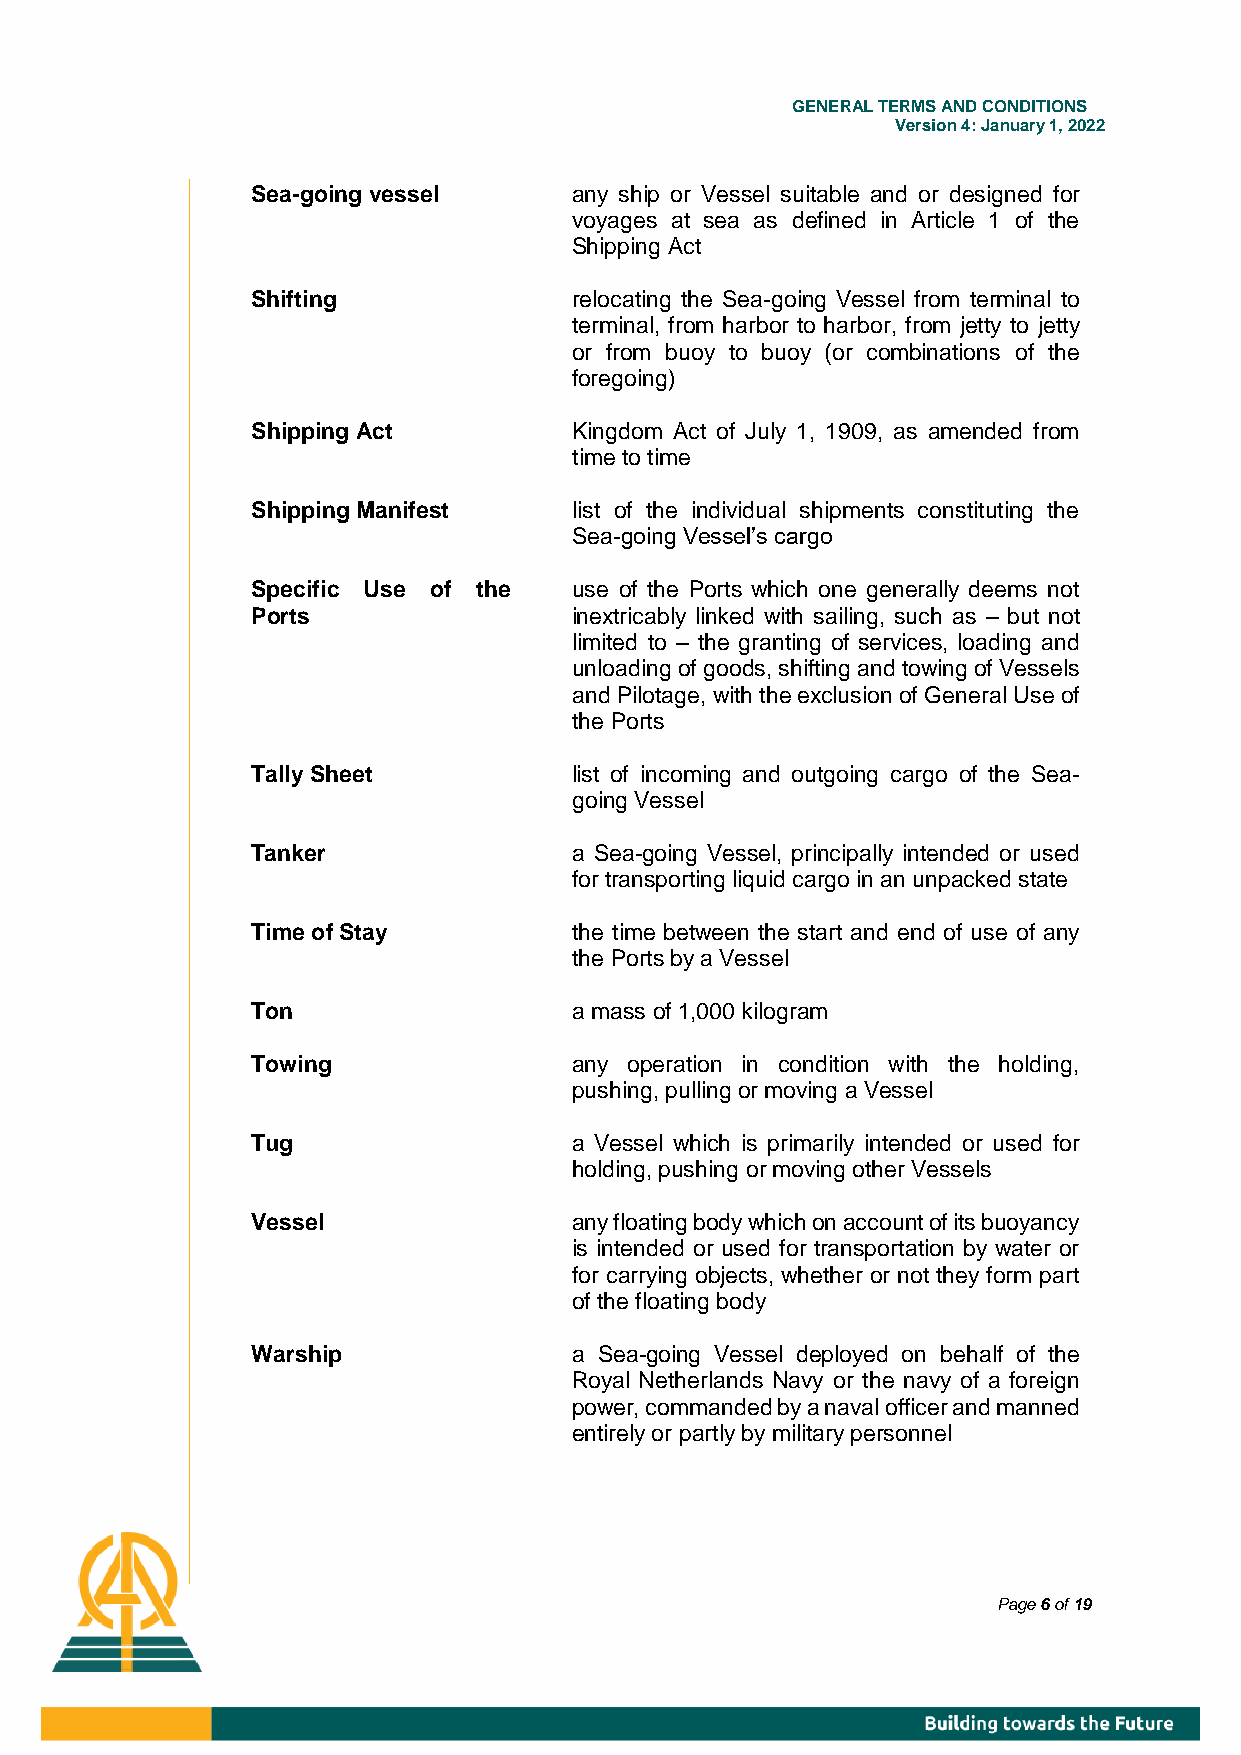
GENE RAL TERMS AND CONDITIONS
 Version 4: January 1, 2022
 Sea-going vessel     any ship or Vessel suitable and or designed for
 voyages at sea as defined in Article 1 of the
 Shipping Act
 Shifting             relocating the Sea-going Vessel from terminal to
 terminal, from harbor to harbor, from jetty to jetty
 or from buoy to buoy (or combinations of the
 foregoing)
 Shipping Act         Kingdom Act of July 1, 1909, as amended from
 time to time
 Shipping Manifest    list of the individual shipments constituting the
 Sea-going Vessel’s cargo
 Specific Use of the  use of the Ports which one generally deems not
 Ports                inextricably linked with sailing, such as – but not
 limited to – the granting of services, loading and
 unloading of goods, shifting and towing of Vessels
 and Pilotage, with the exclusion of General Use of
 the Ports
 Tally Sheet          list of incoming and outgoing cargo of the Sea-
 going Vessel
 Tanker               a Sea-going Vessel, principally intended or used
 for transporting liquid cargo in an unpacked state
 Time of Stay         the time between the start and end of use of any
 the Ports by a Vessel
 Ton                  a mass of 1,000 kilogram
 Towing               any operation in condition with the holding,
 pushing, pulling or moving a Vessel
 Tug                  a Vessel which is primarily intended or used for
 holding, pushing or moving other Vessels
 Vessel               any floating body which on account of its buoyancy
 is intended or used for transportation by water or
 for carrying objects, whether or not they form part
 of the floating body
 Warship              a Sea-going Vessel deployed on behalf of the
 Royal Netherlands Navy or the navy of a foreign
 power, commanded by a naval officer and manned
 entirely or partly by military personnel
 Page 6 of 19